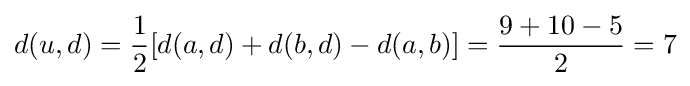
d(u,d)={\frac {1}{2}}[d(a,d)+d(b,d)-d(a,b)]={\frac {9+10-5}{2}}=7